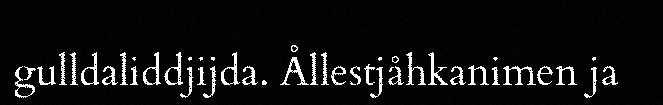
gulldaliddjijda. Ållestjåhkanimen ja